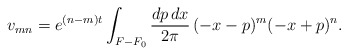
\begin{align*}v_{mn} = e^{(n-m)t} \int_{F - F_0} \frac{dp\, dx}{2\pi}\, (-x-p)^m(-x+p)^n . \end{align*}